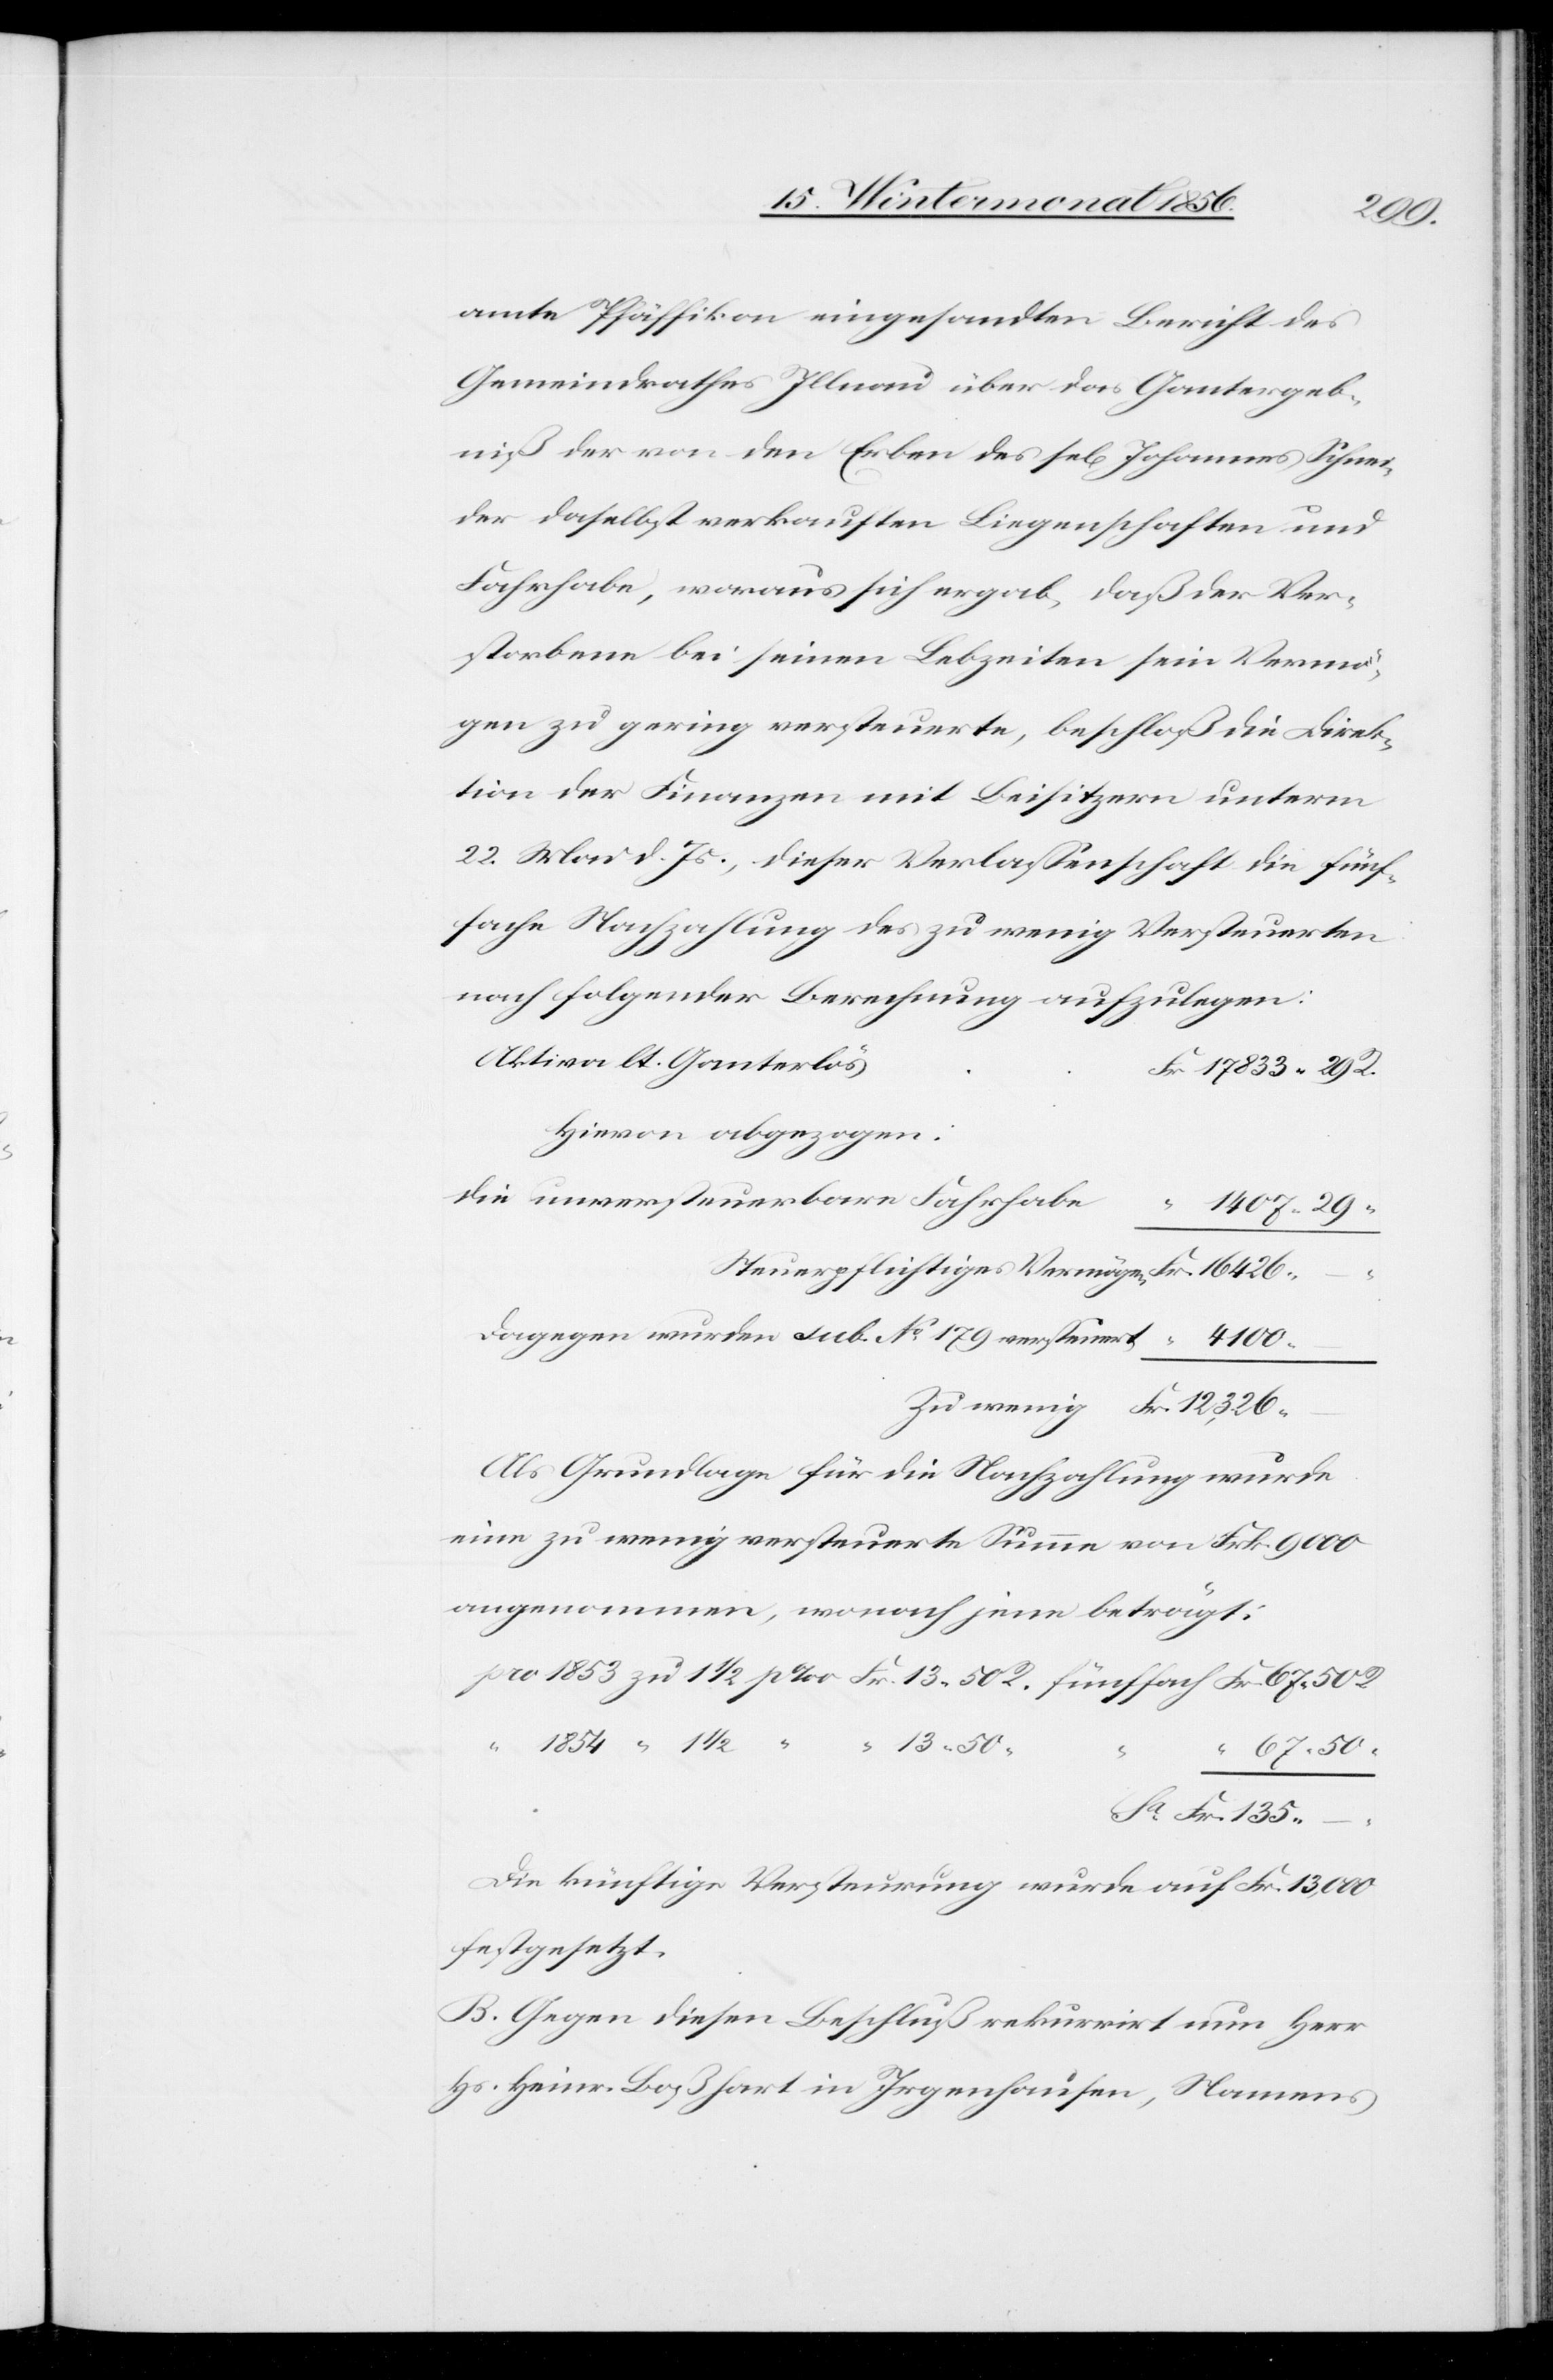
1854
amte Pfäffikon eingesandten Bericht des
Gemeindrathes Illnau über das Gantergeb¬
niß der von den Erben des sel[igen] Johannes Schnei¬
der daselbst verkauften Liegenschaften und
Fahrhabe, woraus sich ergab, daß der Ver¬
storbene bei seinen Lebzeiten sein Vermö¬
gen zu gering versteuerte, beschloß die Direk¬
tion der Finanzen mit Beisitzern unterm
22. Mai d. Js., dieser Verlassenschaft die fünf¬
fache Nachzahlung des zu wenig Versteuerten
nach folgender Berechnung aufzulegen:
Aktiva lt. Ganterlös
Hievon abgezogen:
Steuerpflichtiges Vermögen
50
Dagegen wurden sub. No 179 versteuert
Als Grundlage für die Nachzahlung wurde
eine zu wenig versteuerte Summe von Frk. 9000
angenommen, wonach jene beträgt:
½
13. 50
67. 50
135.
“
Die künftige Versteurung wurde auf Fr. 13,000
festgesetzt.
B. Gegen diesen Beschluß rekurrirt nun Herr
Hs. Heinr. Boßhart in Irgenhausen, Namens